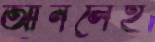
আনলেই